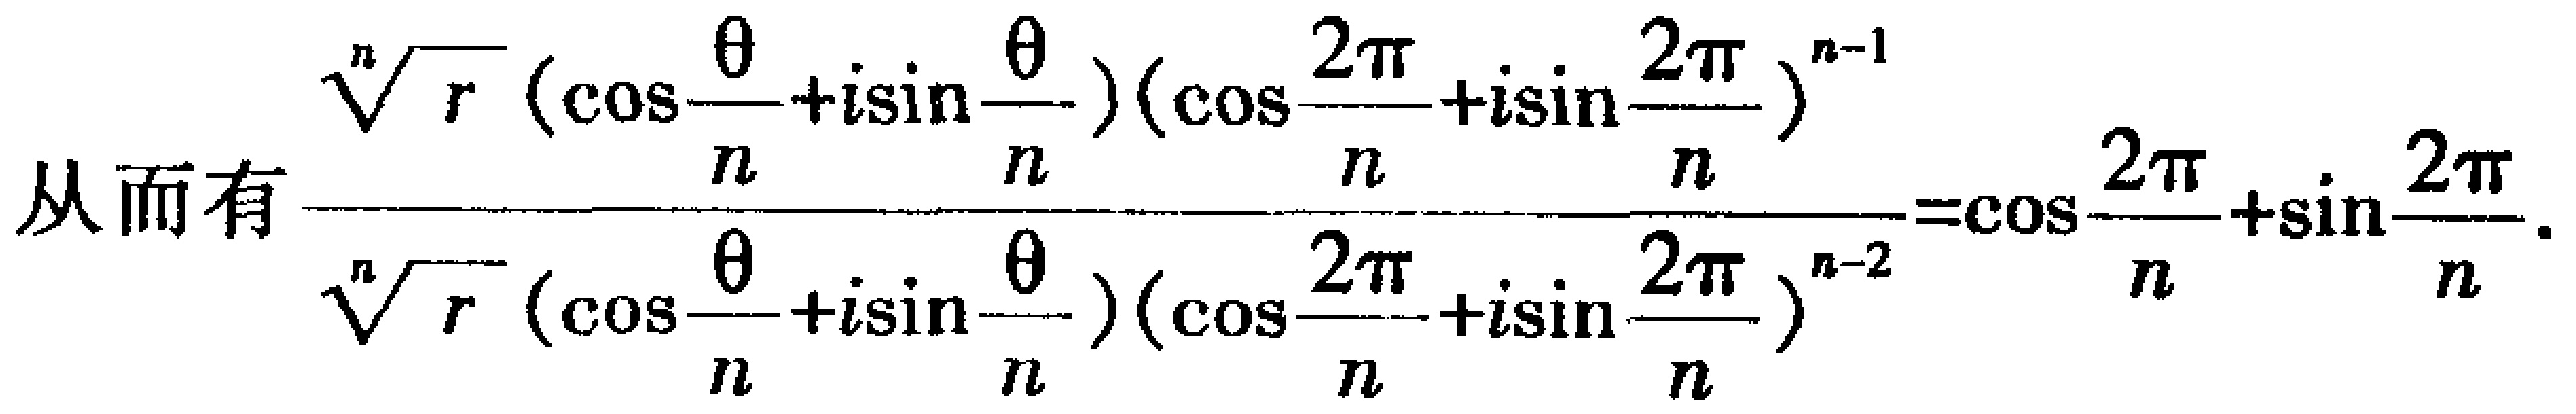
\[
\text{从而有}\frac{\sqrt[n]{r}\left(\cos\frac{\theta}{n}+i\sin\frac{\theta}{n}\right)\left(\cos\frac{2\pi}{n}+i\sin\frac{2\pi}{n}\right)^{n - 1}}{\sqrt[n]{r}\left(\cos\frac{\theta}{n}+i\sin\frac{\theta}{n}\right)\left(\cos\frac{2\pi}{n}+i\sin\frac{2\pi}{n}\right)^{n - 2}}=\cos\frac{2\pi}{n}+\sin\frac{2\pi}{n}.
\]